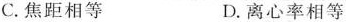
C. 焦距相等 D.离心率相等